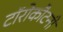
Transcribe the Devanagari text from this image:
टॉरोकौटनी